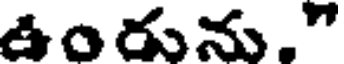
ఉంరును."